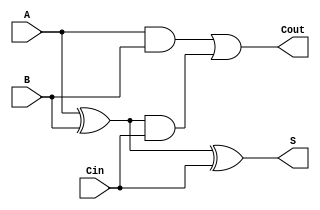
module ConditionalSumFullAdder (
    input wire A,         // First input bit
    input wire B,         // Second input bit
    input wire Cin,       // Carry-in bit
    output wire S,        // Sum output
    output wire Cout      // Carry-out output
);

// Intermediate signals for Generate and Propagate
wire G;                // Generate
wire P;                // Propagate

// Generate and Propagate Logic
assign G = A & B;     // Generate
assign P = A ^ B;     // Propagate

// Conditional Carry Calculation
assign Cout = G | (P & Cin); // Carry-out

// Sum Calculation
assign S = P ^ Cin;   // Sum

endmodule